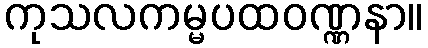
ကုသလကမ္မပထဝဏ္ဏနာ။